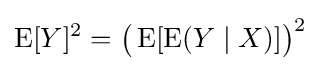
\operatorname {E} [Y]^{2}={\bigl (}\operatorname {E} [\operatorname {E} (Y\mid X)]{\bigr )}^{2}